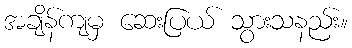
အချိန်ကျမှ ဆေးပြယ် သွားသနည်း။